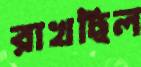
রাখছিল